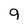
Character: 9